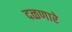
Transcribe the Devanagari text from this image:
दळणारे